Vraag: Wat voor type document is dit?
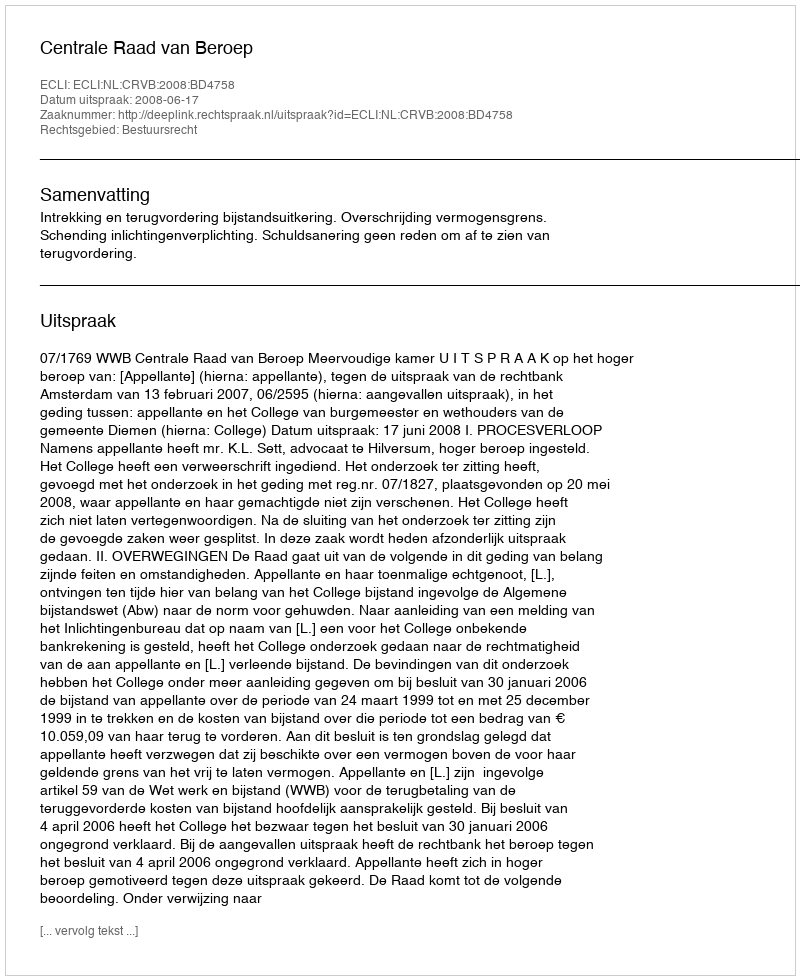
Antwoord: Uitspraak